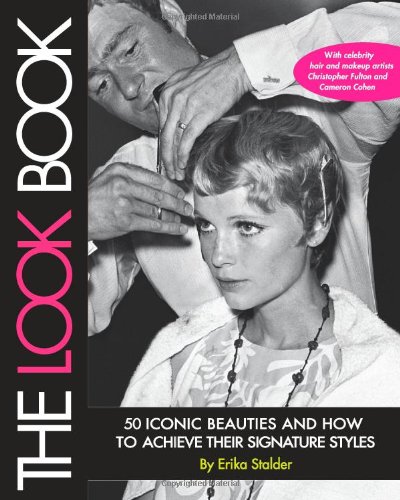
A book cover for The Look Book: 50 Iconic Beauties and How to Achieve Their Signature Styles; Erika Stalder; Teen & Young Adult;